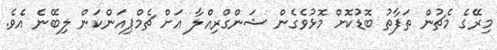
މިރޭގެ މެޗުން ތަފާތު ބޮޑުކޮށް މޮޅުވެގެން ޝަންގްރިއްލާ އަށް ޗެމްޕިއަންކަން ލިބޭނެ އެވެ.